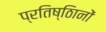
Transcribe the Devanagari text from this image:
प्रतिष्ठिानों